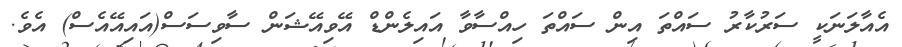
އެއާލަނަކީ ސަރުކާރު ސައްތަ އިން ސައްތަ ހިއްސާވާ އައިލެންޑް އޭވިއޭޝަން ސާވިސަސް(އައިއޭއެސް) އެވެ.